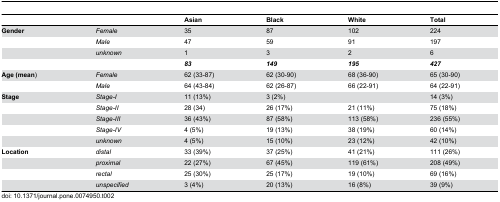
|  |  | Asian | Black | White | Total |
 | --- | --- | --- | --- | --- | --- |
 | Gender | Female | 35 | 87 | 102 | 224 |
 |  | Male | 47 | 59 | 91 | 197 |
 |  | unknown | 1 | 3 | 2 | 6 |
 |  |  | 83 | 149 | 195 | 427 |
 | Age (mean) | Female | 62 (33-87) | 62 (30-90) | 68 (36-90) | 65 (30-90) |
 |  | Male | 64 (43-84) | 62 (26-87) | 66 (22-91) | 64 (22-91) |
 | Stage | Stage-I | 11 (13%) | 3 (2%) |  | 14 (3%) |
 |  | Stage-II | 28 (34) | 26 (17%) | 21 (11%) | 75 (18%) |
 |  | Stage-III | 36 (43%) | 87 (58%) | 113 (58%) | 236 (55%) |
 |  | Stage-IV | 4 (5%) | 19 (13%) | 38 (19%) | 60 (14%) |
 |  | unknown | 4 (5%) | 15 (10%) | 23 (12%) | 42 (10%) |
 | Location | distal | 33 (39%) | 37 (25%) | 41 (21%) | 111 (26%) |
 |  | proximal | 22 (27%) | 67 (45%) | 119 (61%) | 208 (49%) |
 |  | rectal | 25 (30%) | 25 (17%) | 19 (10%) | 69 (16%) |
 |  | unspecified | 3 (4%) | 20 (13%) | 16 (8%) | 39 (9%) |